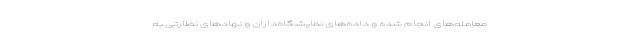
معامله‌های انجام شده و داده‌های نمایشگاه‌داران و نهادهای نظارتی به